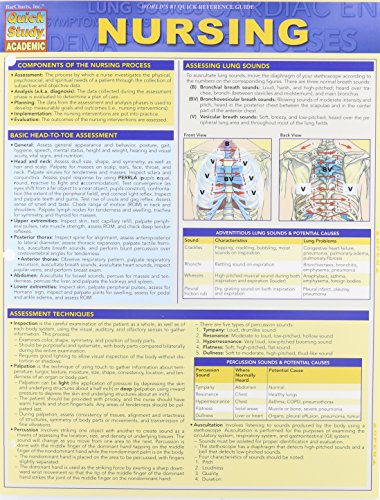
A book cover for Nursing (Quick Study: Academic); Inc. BarCharts; Medical Books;